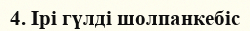
4. Ірі гүлді шолпанкебіс